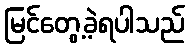
မြင်တွေ့ခဲ့ရပါသည်